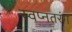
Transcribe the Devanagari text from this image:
स्वप्नतरंग